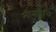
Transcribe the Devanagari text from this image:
मीनातचि